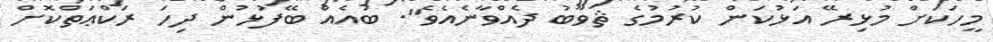
މީހަކަށް މުޅިރޭ އަޅުކަން ކުރުމުގެ ޘަވާބު ދެއްވާނެއެވެ". ބައެއް ބޭފުޅުން ދިހަ ރަކްޢަތްކޮށް